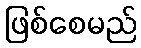
ဖြစ်စေမည်